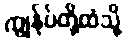
ကျွန်ုပ်တို့ထံသို့